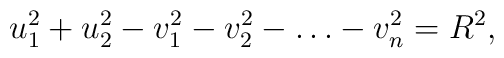
u_1^2 + u_2^2 - v_1^2 - v_2^2 - \ldots - v_n^2 = R^2,